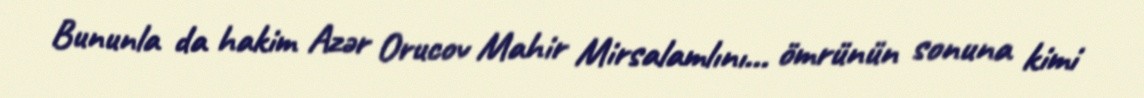
Bununla da hakim Azər Orucov Mahir Mirsalamlını... ömrünün sonuna kimi